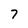
Character: 7